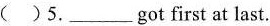
( )5.___ got first at last.